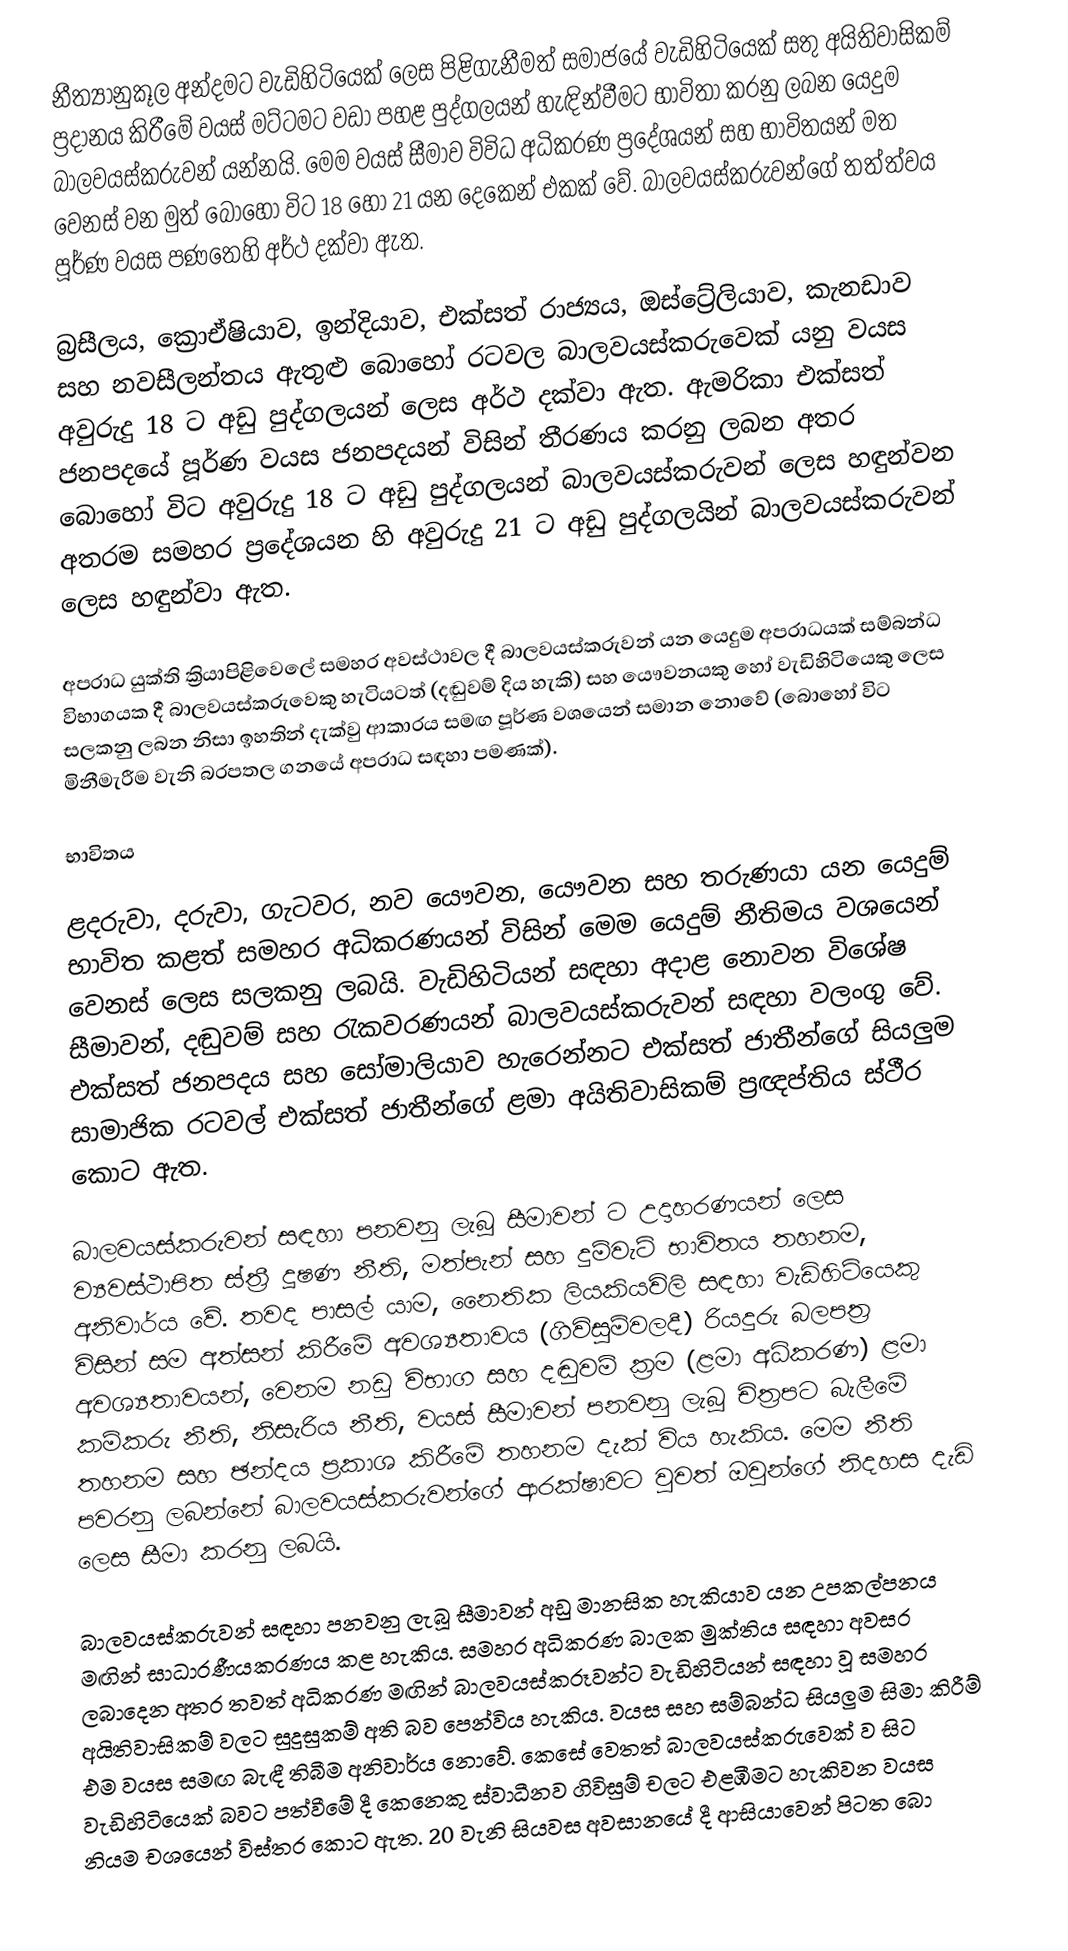
නීත්‍යානුකූල අන්දමට වැඩිහිටියෙක් ලෙස පිළිගැනීමත් සමාජයේ වැඩිහිටියෙක් සතු අයිතිවාසිකම් ප්‍රදානය කිරීමේ වයස් මට්ටමට වඩා පහළ පුද්ගලයන් හැඳින්වීමට භාවිතා කරනු ලබන යෙදුම බාලවයස්කරුවන් යන්නයි. මෙම වයස් සීමාව විවිධ අධිකරණ ප්‍රදේශයන් සහ භාවිතයන් මත වෙනස් වන මුත් බොහෝ විට 18 හෝ 21 යන දෙකෙන් එකක් වේ. බාලවයස්කරුවන්ගේ තත්ත්වය පූර්ණ වයස පණතෙහි අර්ථ දක්වා ඇත.

බ්‍රසීලය, ක්‍රොඒෂියාව, ඉන්දියාව, එක්සත් රාජ්‍යය, ඔස්ට්‍රේලියාව, කැනඩාව සහ නවසීලන්තය ඇතුළු බොහෝ රටවල බාලවයස්කරුවෙක් යනු වයස අවුරුදු 18 ට අඩු පුද්ගලයන් ලෙස අර්ථ දක්වා ඇත. ඇමරිකා එක්සත් ජනපදයේ පූර්ණ වයස ජනපදයන් විසින් තීරණය කරනු ලබන අතර බොහෝ විට අවුරුදු 18 ට අඩු පුද්ගලයන් බාලවයස්කරුවන් ලෙස හඳුන්වන අතරම සමහර ප්‍රදේශයන හි අවුරුදු 21 ට අඩු පුද්ගලයින් බාලවයස්කරුවන් ලෙස හඳුන්වා ඇත.

අපරාධ යුක්ති ක්‍රියාපිළිවෙලේ සමහර අවස්ථාවල දී බාලවයස්කරුවන් යන යෙදුම අපරාධයක් සම්බන්ධ විභාගයක දී බාලවයස්කරුවෙකු හැටියටත් (දඬුවම් දිය හැකි) සහ යෞවනයකු හෝ වැඩිහිටියෙකු ලෙස සලකනු ලබන නිසා ඉහතින් දැක්වු ආකාරය සමඟ පූර්ණ වශයෙන් සමාන නොවේ (බොහෝ විට මිනීමැරීම වැනි බරපතල ගනයේ අපරාධ සඳහා පමණක්).

භාවිතය

ළදරුවා, දරුවා, ගැටවර, නව යෞවන, යෞවන සහ තරුණයා යන යෙදුම් භාවිත කළත් සමහර අධිකරණයන් විසින් මෙම යෙදුම් නීතිමය වශයෙන් වෙනස් ලෙස සලකනු ලබයි. වැඩිහිටියන් සඳහා අදාළ නොවන විශේෂ සීමාවන්, දඬුවම් සහ රැකවරණයන් බාලවයස්කරුවන් සඳහා වලංගු වේ. එක්සත් ජනපදය සහ සෝමාලියාව හැරෙන්නට එක්සත් ජාතීන්ගේ සියලුම සාමාජික රටවල් එක්සත් ජාතීන්ගේ ළමා අයිතිවාසිකම් ප්‍රඥප්තිය ස්ථීර කොට ඇත.

බාලවයස්කරුවන් සඳහා පනවනු ලැබූ සීමාවන් ට උදාහරණයන් ලෙස ව්‍යවස්ථාපිත ස්ත්‍රී දූෂණ නීති, මත්පැන් සහ දුම්වැටි භාවිතය තහනම, අනිවාර්ය වේ. තවද පාසල් යාම, නෛතික ලියකියවිලි සඳහා වැඩිහිටියෙකු විසින් සම අත්සන් කිරීමේ අවශ්‍යතාවය (ගිවිසුම්වලදී) රියදුරු බලපත්‍ර අවශ්‍යතාවයන්, වෙනම නඩු විභාග සහ දඬුවම් ක්‍රම (ළමා අධිකරණ) ළමා කම්කරු නීති, නිසැරිය නීති, වයස් සීමාවන් පනවනු ලැබූ චිත්‍රපට බැලීමේ තහනම සහ ඡන්දය ප්‍රකාශ කිරීමේ තහනම දැක් විය හැකිය. මෙම නීති පවරනු ලබන්නේ බාලවයස්කරුවන්ගේ ආරක්ෂාවට වුවත් ඔවුන්ගේ නිදහස දැඩි ලෙස සීමා කරනු ලබයි.

බාලවයස්කරුවන් සඳහා පනවනු ලැබූ සීමාවන් අඩු මානසික හැකියාව යන උපකල්පනය මඟින් සාධාරණීයකරණය කළ හැකිය. සමහර අධිකරණ බාලක මුක්තිය සඳහා අවසර ලබාදෙන අතර තවත් අධිකරණ මඟින් බාලවයස්කරූවන්ට වැඩිහිටියන් සඳහා වූ සමහර අයිතිවාසිකම් වලට සුදුසුකම් අති බව පෙන්විය හැකිය. වයස සහ සම්බන්ධ සියලුම සිමා කිරීම් එම වයස සමඟ බැඳී තිබීම අනිවාර්ය නොවේ. කෙසේ වෙතත් බාලවයස්කරුවෙක් ව සිට වැඩිහිටියෙක් බවට පත්වීමේ දී කෙනෙකු ස්වාධීනව ගිවිසුම් චලට එළඹීමට හැකිවන වයස නියම චශයෙන් විස්තර කොට ඇත. 20 වැනි සියවස අවසානයේ දී ආසියාවෙන් පිටත බො